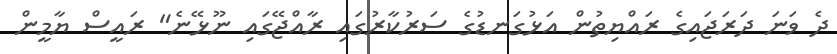
ދެ ވަނަ ދަރަޖައިގެ ރައްޔިތުން އަޅުގަނޑުގެ ސަރުކާރުގައި ރާއްޖޭގައި ނޫޅޭނެ" ރައީސް ޔާމީން